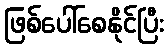
ဖြစ်ပေါ်စေနိုင်ပြီး